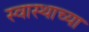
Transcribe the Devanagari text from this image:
स्वास्थाच्या